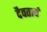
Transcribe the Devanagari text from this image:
दैवताचं